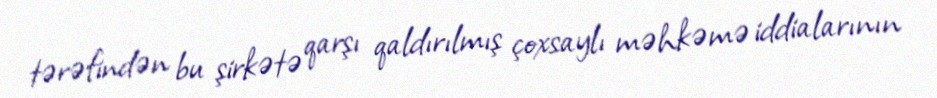
tərəfindən bu şirkətə qarşı qaldırılmış çoxsaylı məhkəmə iddialarının